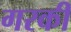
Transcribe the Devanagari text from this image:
गरकी